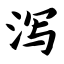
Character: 泻